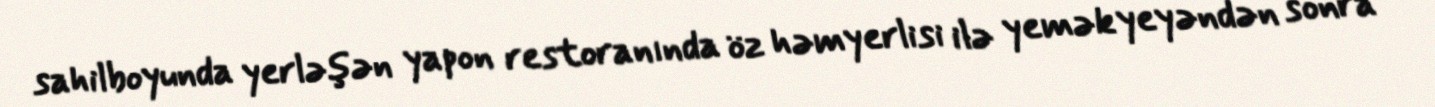
sahilboyunda yerləşən yapon restoranında öz həmyerlisi ilə yemək yeyəndən sonra